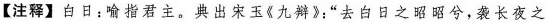
【注释】白日：喻指君主。典出宋玉《九辩》：”去白日之昭昭兮，袭长夜之